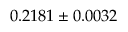
0 . 2 1 8 1 \pm 0 . 0 0 3 2